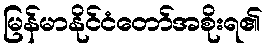
မြန်မာနိုင်ငံတော်အစိုးရ၏